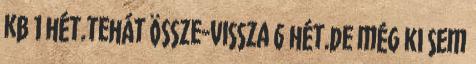
kb 1 hét.tehát össze-vissza 6 hét.de még ki sem